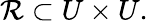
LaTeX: {\mathcal{R}}\subset U\times U.